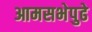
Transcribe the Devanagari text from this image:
आमसभेपुढे